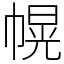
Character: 幌